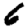
Digit: 6